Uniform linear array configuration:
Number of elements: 8
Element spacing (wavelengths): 0.5
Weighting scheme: hann
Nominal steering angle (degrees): -45
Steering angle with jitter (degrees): -43.371
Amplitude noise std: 0.05
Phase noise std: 0.05

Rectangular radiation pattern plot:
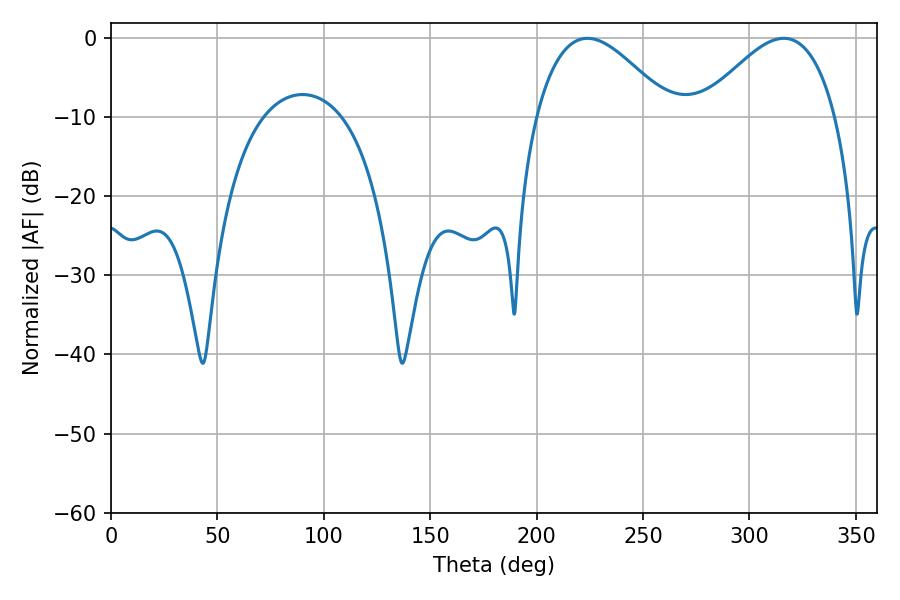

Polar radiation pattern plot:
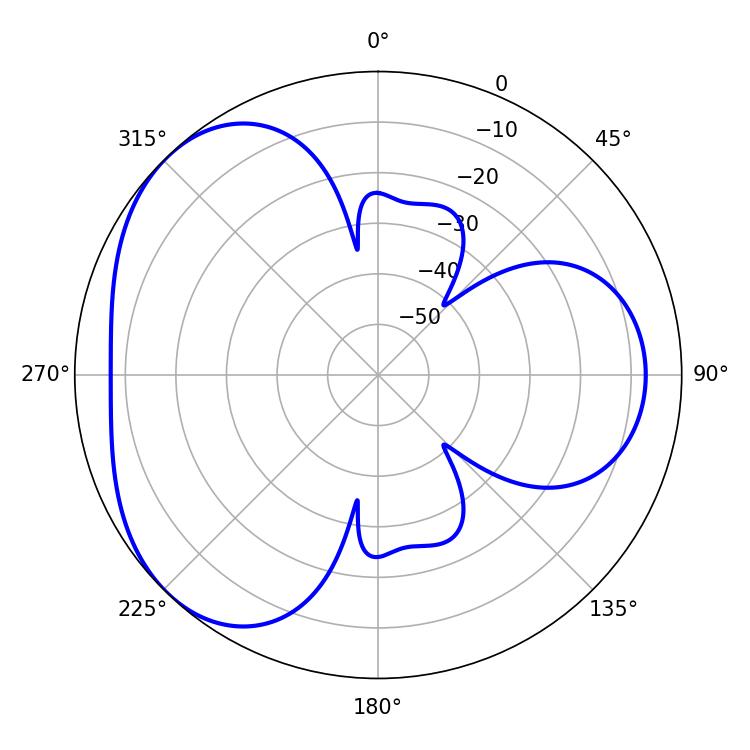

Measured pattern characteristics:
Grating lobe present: FALSE
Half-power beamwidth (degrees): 34.2
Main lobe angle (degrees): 223.92